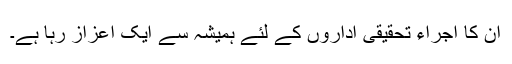
ان کا اجراء تحقیقی اداروں کے لئے ہمیشہ سے ایک اعزاز رہا ہے۔